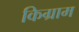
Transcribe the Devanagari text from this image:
किग्राम